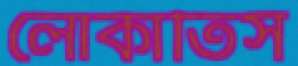
লোকাতিস